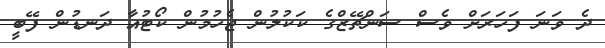
ދެ ވަނަ ފަހަރަށް ވެސް ސަންޗޭޒްގެ ކަކުލުން ޖެހުމުން ކޯޓުއާ ދަނޑުން ފޭބީ